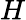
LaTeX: H